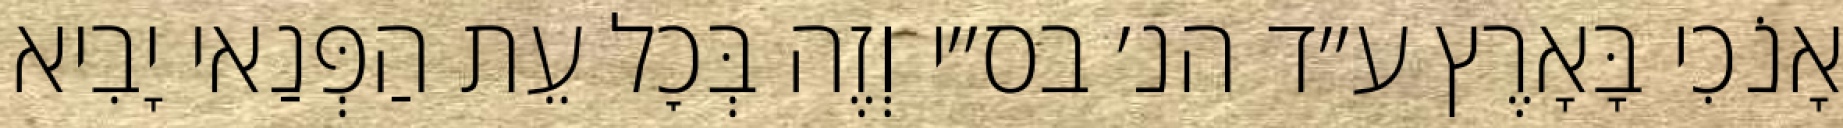
אָנֹכִי בָּאָרֶץ ע״ד הנ׳ בס״י וְזֶה בְּכׇל עֵת הַפְּנַאי יָבִיא